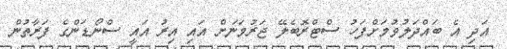
އަދި އެ ބައްދަލުވުމަށްފަހު ސްޓްރޮބެލޭ ޖަރުމަނަށް އައި އިރު އައީ ސްނޯޑަންގެ ފަރާތުން